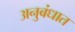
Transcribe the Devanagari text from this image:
अनुबंधात